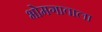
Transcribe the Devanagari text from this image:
भोमगावाला